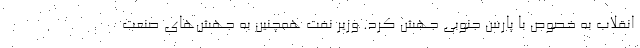
انقلاب به خصوص با پارس جنوبی جهش کرد. وزیر نفت همچنین به جهش‌های صنعت